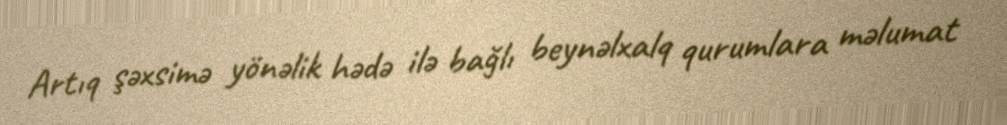
Artıq şəxsimə yönəlik hədə ilə bağlı beynəlxalq qurumlara məlumat